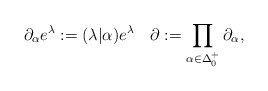
\begin{align*}\partial_\alpha e^\lambda := (\lambda|\alpha) e^\lambda \quad \partial := \prod_{\alpha\in{\Delta_0^+}} \partial_\alpha, \end{align*}